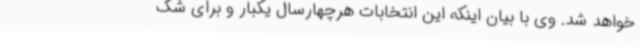
خواهد شد. وی با بیان اینکه این انتخابات هرچهارسال یکبار و برای شک